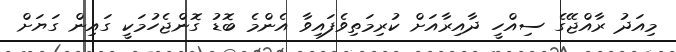
މިއަދު ރާއްޖޭގެ ސިއްހީ ދާއިރާއަށް ކުރިމަތިވެފައިވާ އެންމެ ބޮޑު ގޮންޖެހުމަކީ ގައިން ގަޔަށް